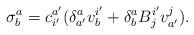
LaTeX: \begin{align*}\sigma^a_b = c^{a^\prime}_{i^\prime} (\delta^a_{a^\prime} v^{i^\prime}_b +\delta^a_b B^{i^\prime}_j v^j_{a^\prime}).\end{align*}